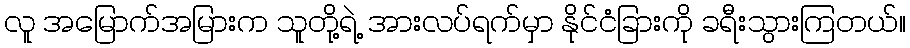
လူ အမြောက်အမြားက သူတို့ရဲ့ အားလပ်ရက်မှာ နိုင်ငံခြားကို ခရီးသွားကြတယ်။